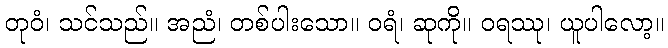
တုဝံ၊ သင်သည်။ အညံ၊ တစ်ပါးသော။ ဝရံ၊ ဆုကို။ ဝရဿု၊ ယူပါလော့။